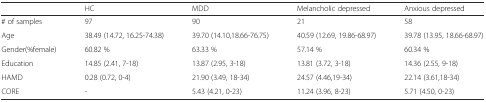
<table><thead><tr><td></td><td><b>HC</b></td><td><b>MDD</b></td><td><b>Melancholic depressed</b></td><td><b>Anxious depressed</b></td></tr></thead><tbody><tr><td># of samples</td><td>97</td><td>90</td><td>21</td><td>58</td></tr><tr><td>Age</td><td>38.49 (14.72, 16.25-74.38)</td><td>39.70 (14.10,18.66-76.75)</td><td>40.59 (12.69, 19.86-68.97)</td><td>39.78 (13.95, 18.66-68.97)</td></tr><tr><td>Gender(%female)</td><td>60.82 %</td><td>63.33 %</td><td>57.14 %</td><td>60.34 %</td></tr><tr><td>Education</td><td>14.85 (2.41, 7-18)</td><td>13.87 (2.95, 3-18)</td><td>13.81 (3.72, 3-18)</td><td>14.36 (2.55, 9-18)</td></tr><tr><td>HAMD</td><td>0.28 (0.72, 0-4)</td><td>21.90 (3.49, 18-34)</td><td>24.57 (4.46,19-34)</td><td>22.14 (3.61,18-34)</td></tr><tr><td>CORE</td><td>-</td><td>5.43 (4.21, 0-23)</td><td>11.24 (3.96, 8-23)</td><td>5.71 (4.50, 0-23)</td></tr></tbody></table>